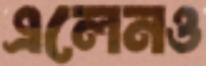
এলেনও